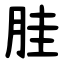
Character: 胿